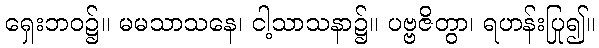
ရှေးဘဝ၌။ မမသာသနေ၊ ငါ့သာသနာ၌။ ပဗ္ဗဇိတွာ၊ ရဟန်းပြု၍။